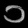
Digit: ၁